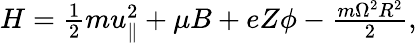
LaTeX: \begin{array}{r}{H=\frac{1}{2}mu_{\parallel}^{2}+\mu B+eZ\phi-\frac{m\Omega^{2}R^{2}}{2},}\end{array}